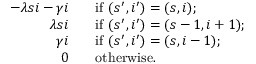
\begin{array} { r l } { - \lambda s i - \gamma i \; \; } & { \mathrm { ~ i f ~ } ( s ^ { \prime } , i ^ { \prime } ) = ( s , i ) ; } \\ { \lambda s i \; \; } & { \mathrm { ~ i f ~ } ( s ^ { \prime } , i ^ { \prime } ) = ( s - 1 , i + 1 ) ; } \\ { \gamma i \; \; } & { \mathrm { ~ i f ~ } ( s ^ { \prime } , i ^ { \prime } ) = ( s , i - 1 ) ; } \\ { 0 \; \; } & { \mathrm { ~ o t h e r w i s e . } } \end{array}